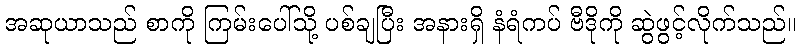
အဆုယာသည် စာကို ကြမ်းပေါ်သို့ ပစ်ချပြီး အနားရှိ နံရံကပ် ဗီဒိုကို ဆွဲဖွင့်လိုက်သည်။